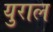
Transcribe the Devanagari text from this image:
युराल